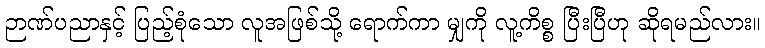
ဉာဏ်ပညာနှင့် ပြည့်စုံသော လူအဖြစ်သို့ ရောက်ကာ မျှကို လူ့ကိစ္စ ပြီးပြီဟု ဆိုရမည်လား။